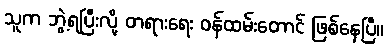
သူက ဘွဲ့ရပြီးလို့ တရားရေး ဝန်ထမ်းတောင် ဖြစ်နေပြီ။